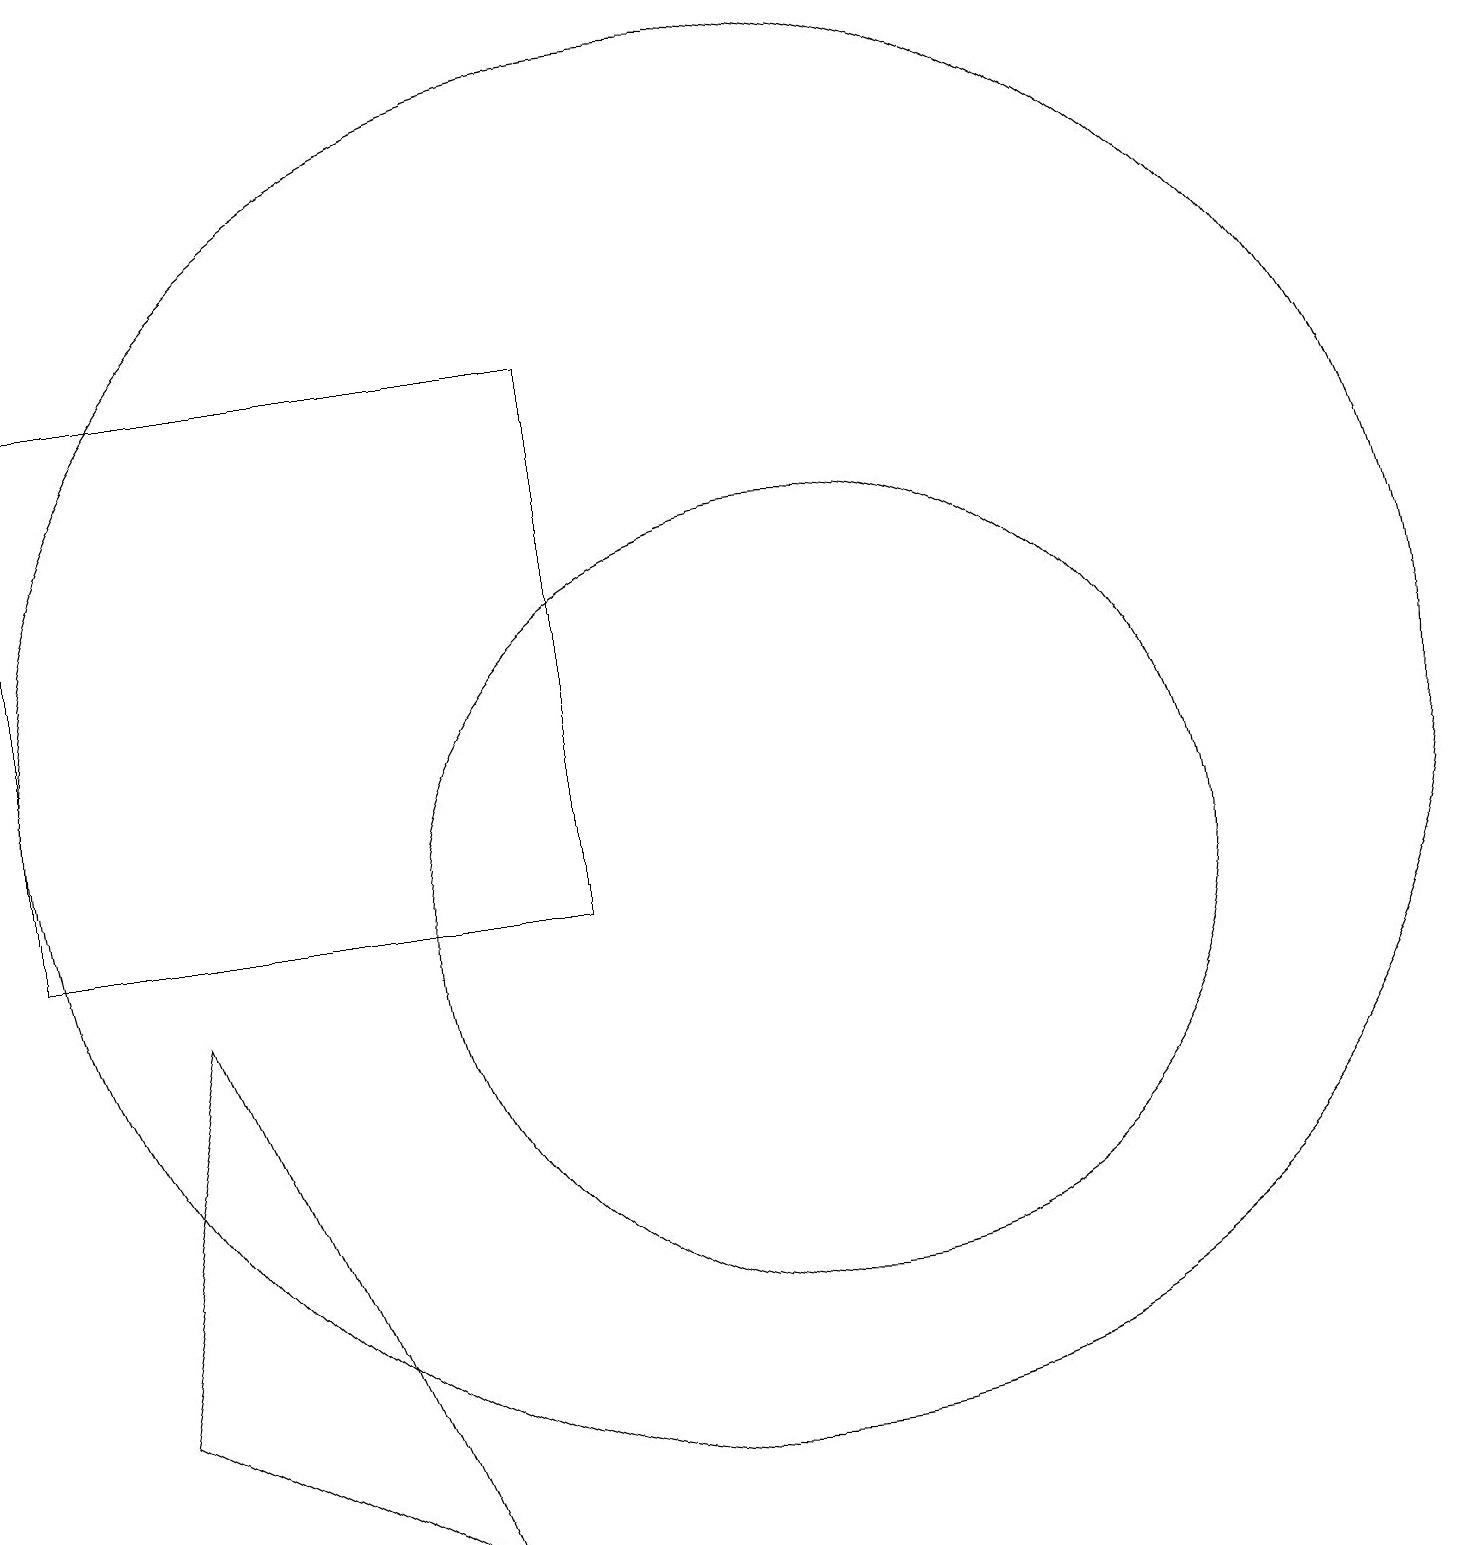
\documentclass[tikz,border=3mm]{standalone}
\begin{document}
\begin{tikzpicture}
\draw (11,10) circle (5);
\draw (1,10) rectangle (8,17);
\draw (10,10) circle (0);
\draw (2,4) -- (6,2) -- (3,9) -- cycle;
\draw (10,12) circle (9);
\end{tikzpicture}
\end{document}